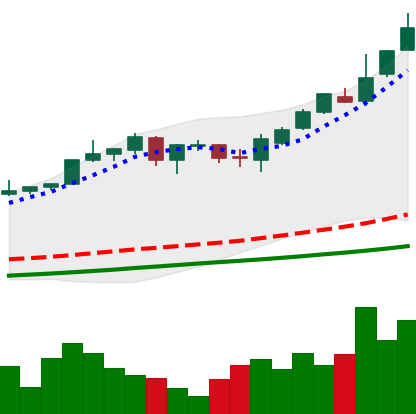
Ticker: BTC-USD
Chart end date: 2017-05-24
Forward return: -7.695%
Label: down_7plus